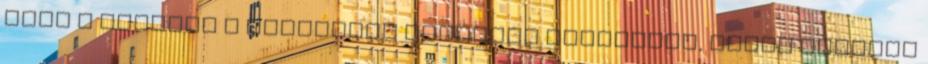
hogy a terrier a megfelelő kutyafaj számunkra, akkor legyünk